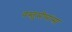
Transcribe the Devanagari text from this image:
वस्तुमीमांसा